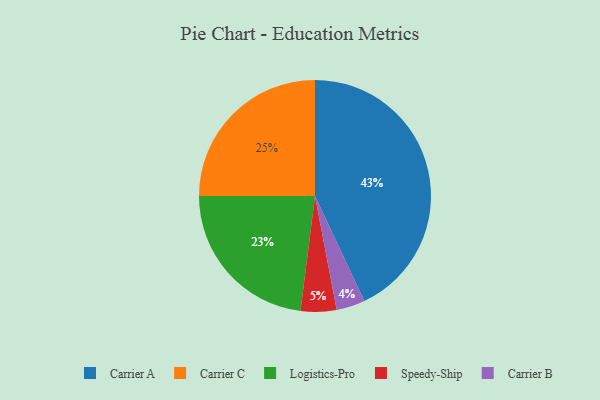
{"axis": {"x": "Category", "y": "Percentage"}, "legend": ["Carrier A", "Carrier B", "Carrier C", "Logistics-Pro", "Speedy-Ship"], "data": [{"x": "Speedy-Ship", "y": 5, "type": "Speedy-Ship"}, {"x": "Logistics-Pro", "y": 23, "type": "Logistics-Pro"}, {"x": "Carrier B", "y": 4, "type": "Carrier B"}, {"x": "Carrier A", "y": 43, "type": "Carrier A"}, {"x": "Carrier C", "y": 25, "type": "Carrier C"}]}